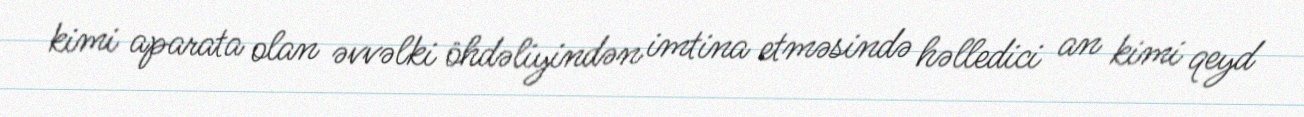
kimi aparata olan əvvəlki öhdəliyindən imtina etməsində həlledici an kimi qeyd